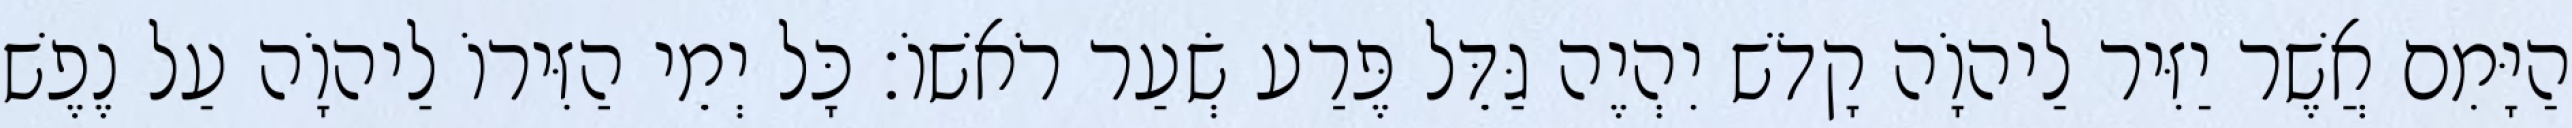
הַיָּמִם אֲשֶׁר יַזִּיר לַיהוָֹה קָדֹשׁ יִהְיֶה גַּדֵּל פֶּרַע שְׂעַר רֹאשׁוֹ׃ כָּל יְמֵי הַזִּירוֹ לַיהוָֹה עַל נֶפֶשׁ